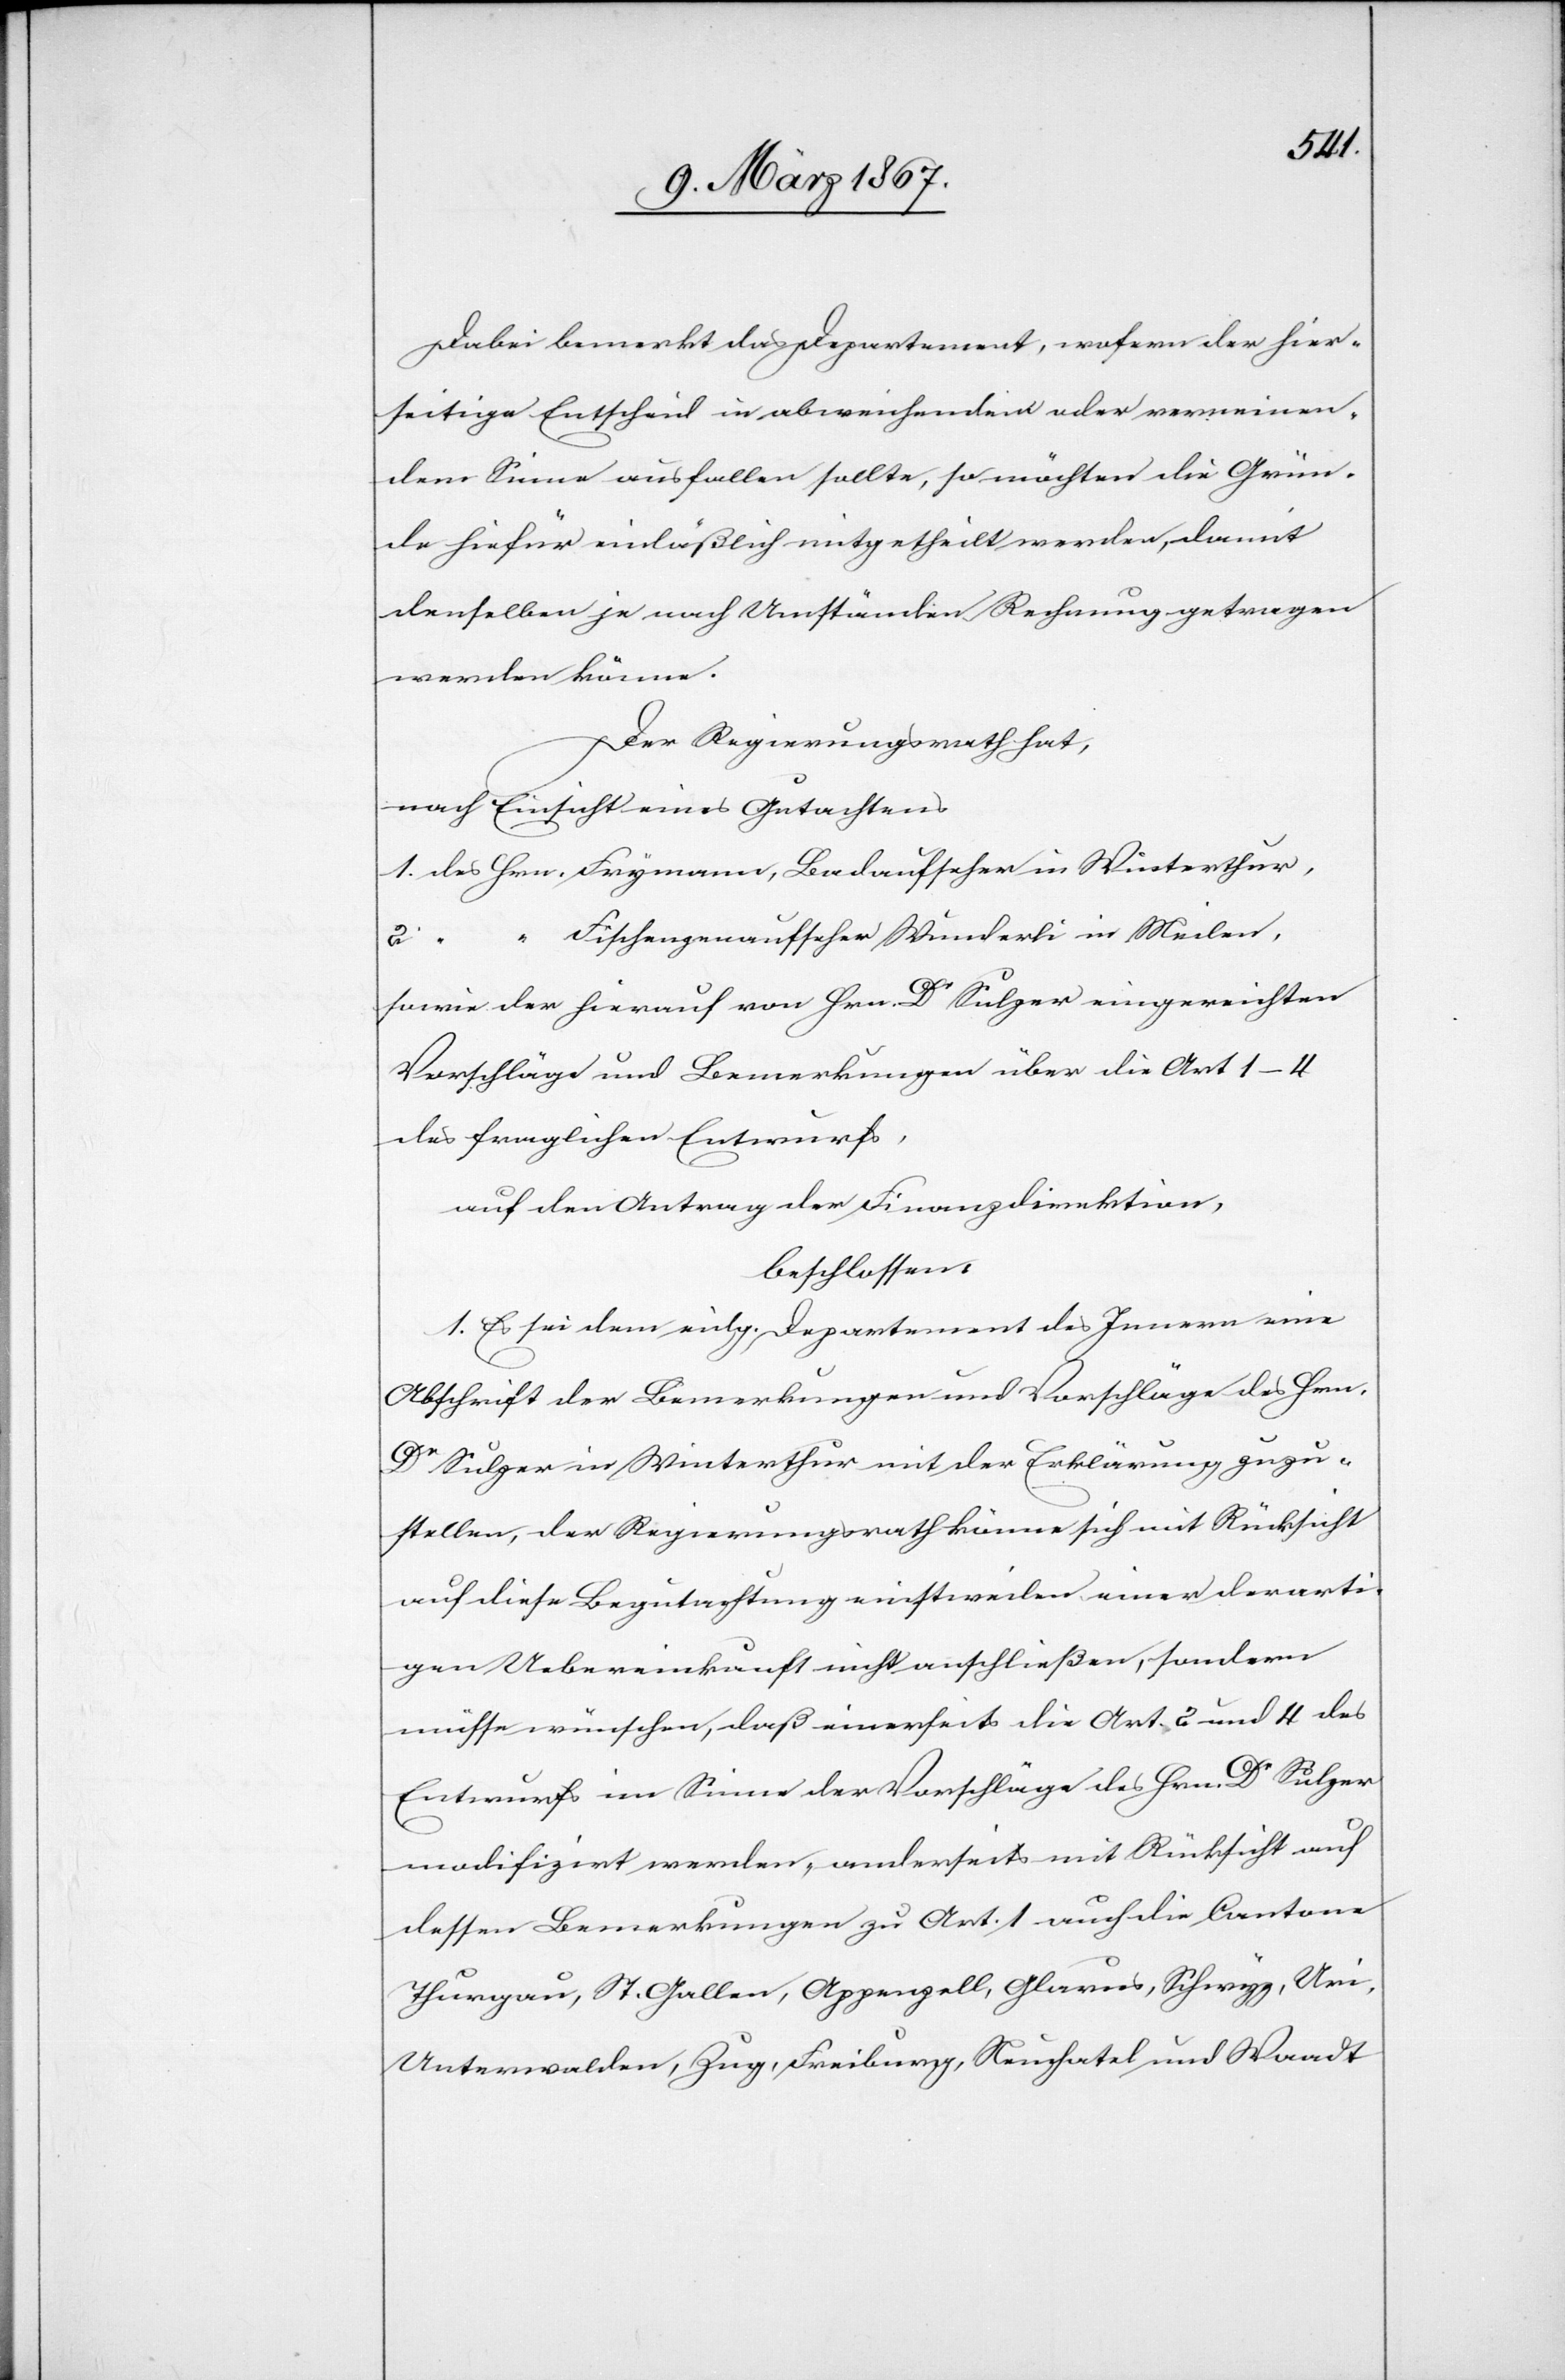
Dabei bemerkt das Departement, wofern der hier¬
seitige Entscheid in abweichendem oder verwirren¬
dem Sinne ausfallen sollte, so möchten die Grün¬
de hiefür einläßlich mitgetheilt werden, damit
denselben je nach Umständen Rechnung getragen
werden könne.
Der Regierungsrath hat,
nach Einsicht eines Gutachtens
1. des Hrn. 	Frymann, Badaufseher in Winterthur,
2. “ “	Fischenzenaufseher Wunderli in Meilen,
sowie der hierauf von Hrn. Dr Sulzer eingereichten
Vorschläge und Bemerkungen über die Art. 1–4
des fraglichen Entwurfs,
auf den Antrag der Finanzdirektion,
beschlossen:
I.] Es sei dem eidg. Departement des Innern eine
Abschrift der Bemerkungen und Vorschläge des Hrn.
Dr Sulzer in Winterthur mit der Erklärung zuzu¬
stellen, der Regierungsrath könne sich mit Rücksicht
auf diese Begutachtung einstweilen einer derarti¬
gen Uebereinkunft nicht anschließen, sondern
müsse wünschen, daß einerseits die Art. 2 und 4 des
Entwurfs im Sinne der Vorschläge des Hrn. Dr Sulzer
modifizirt werden, anderseits mit Rücksicht auf
dessen Bemerkungen zu Art. 1 auch die Cantone
Thurgau, St. Gallen, Appenzell, Glarus, Schwyz, Uri,
Unterwalden, Zug, Freiburg, Neuchatel und Waadt